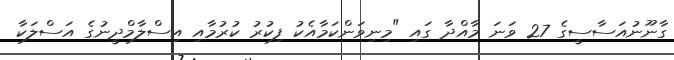
ގާނޫނުއަސާސީގެ 27 ވަނަ މާއްދާ ގައި "މިނިވަންކަމާއެކު ފިކުރު ކުރުމާއި އިސްލާމްދީނުގެ އަސްލަކާ